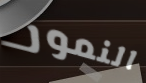
النمور